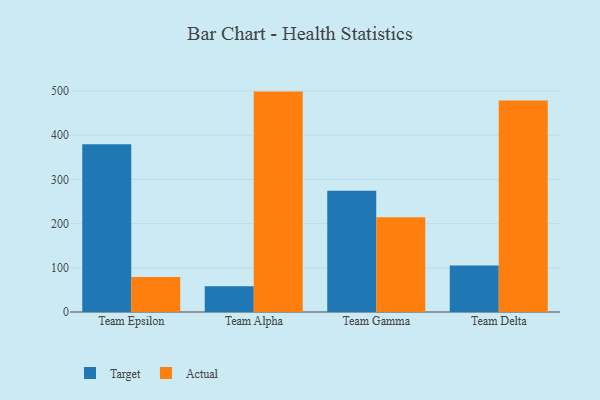
{"axis": {"x": "Team", "y": "Backlog"}, "legend": ["Actual", "Target"], "data": [{"x": "Team Epsilon", "y": 379.7, "type": "Target"}, {"x": "Team Epsilon", "y": 79.2, "type": "Actual"}, {"x": "Team Alpha", "y": 58.3, "type": "Target"}, {"x": "Team Alpha", "y": 498.7, "type": "Actual"}, {"x": "Team Gamma", "y": 274.3, "type": "Target"}, {"x": "Team Gamma", "y": 214.4, "type": "Actual"}, {"x": "Team Delta", "y": 105.0, "type": "Target"}, {"x": "Team Delta", "y": 478.6, "type": "Actual"}]}